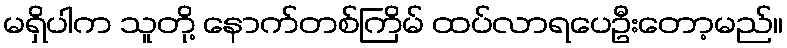
မရှိပါက သူတို့ နောက်တစ်ကြိမ် ထပ်လာရပေဦးတော့မည်။